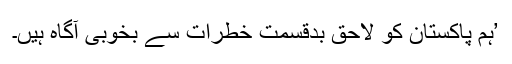
’ہم پاکستان کو لاحق بدقسمت خطرات سے بخوبی آگاہ ہیں۔